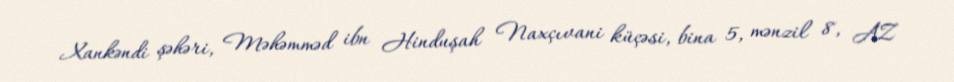
Xankəndi şəhəri, Məhəmməd ibn Hinduşah Naxçıvani küçəsi, bina 5, mənzil 8, AZ